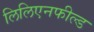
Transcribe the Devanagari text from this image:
लिलिएनफील्ड